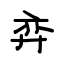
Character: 弈